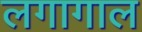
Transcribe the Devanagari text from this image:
लगागाल